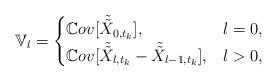
LaTeX: \begin{align*}\mathbb{V}_{l}=\begin{cases}\mathbb{C}ov[\tilde{\tilde{X}}_{0,t_{k}}],& l=0, \\\mathbb{C}ov[\tilde{\tilde{X}}_{l,t_{k}}-\tilde{\tilde{X}}_{l-1,t_{k}}],& l>0, \end{cases}\end{align*}